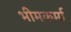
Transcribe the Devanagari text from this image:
भीमकर्मा